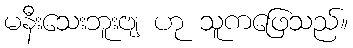
မနီးသေးဘူးဗျ ဟု သူကဖြေသည်။